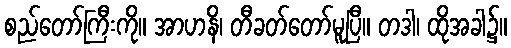
စည်တော်ကြီးကို။ အာဟနိ၊ တီခတ်တော်မူပြီ။ တဒါ၊ ထိုအခါ၌။